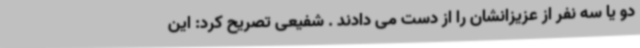
دو یا سه نفر از عزیزانشان را از دست می دادند . شفیعی تصریح کرد: این